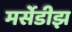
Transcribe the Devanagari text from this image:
मर्सेडीझ